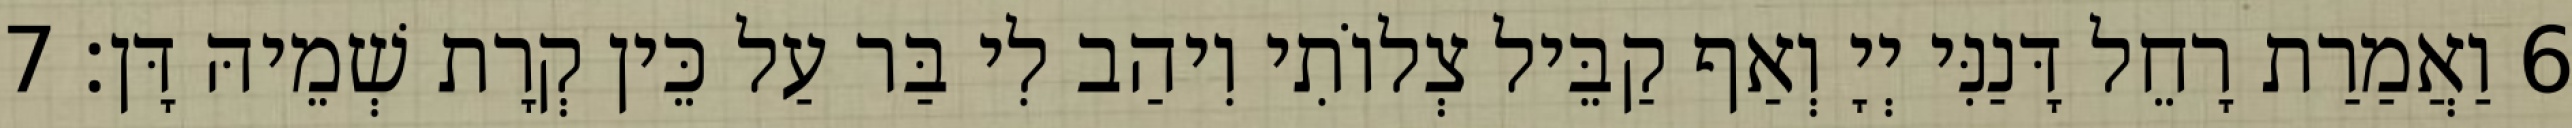
6 וַאֲמַרַת רָחֵל דָּנַנִּי יְיָ וְאַף קַבֵּיל צְלוֹתִי וִיהַב לִי בַּר עַל כֵּין קְרָת שְׁמֵיהּ דָּן׃ 7